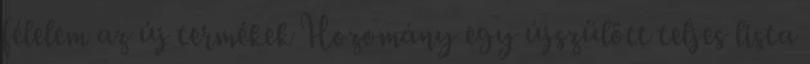
félelem az új termékek Hozomány egy újszülött teljes lista